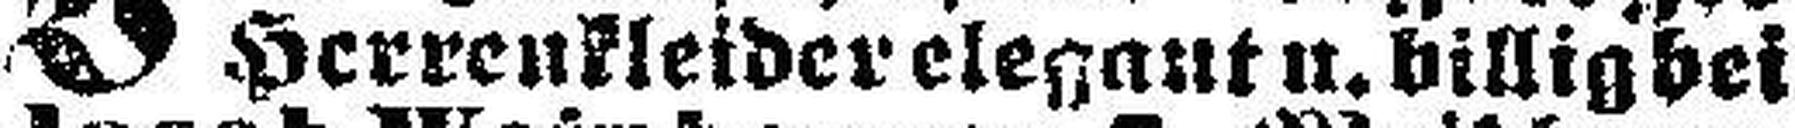
Herrenkleider elegant u. billig bei